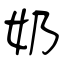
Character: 奶